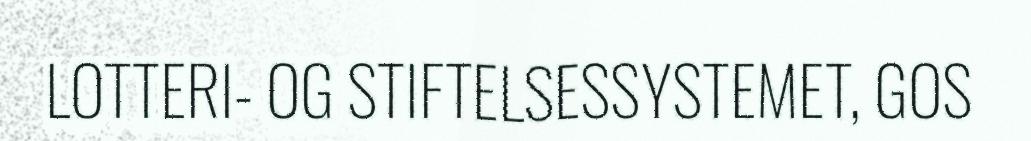
LOTTERI- OG STIFTELSESSYSTEMET, GOS